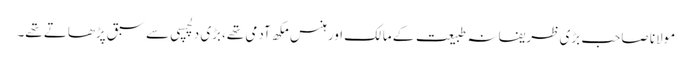
مولانا صاحب بڑی ظریفانہ طبیعت کے مالک اور ہنس مکھ آدمی تھے،بڑی دلچسپی سے سبق پڑھاتے تھے۔